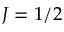
J = 1 / 2